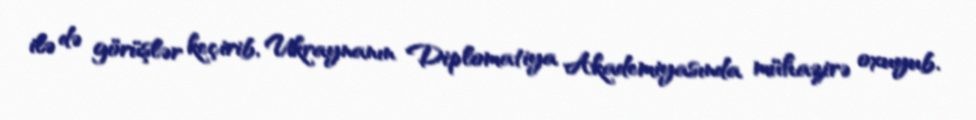
ilə də görüşlər keçirib, Ukraynanın Diplomatiya Akademiyasında mühazirə oxuyub.